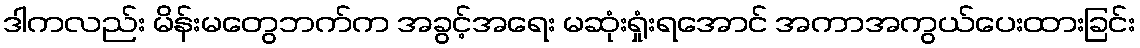
ဒါကလည်း မိန်းမတွေဘက်က အခွင့်အရေး မဆုံးရှုံးရအောင် အကာအကွယ်ပေးထားခြင်း